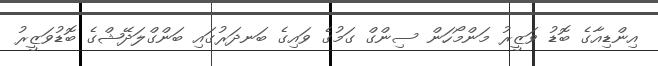
އިންޑިއާގެ ބޮޑު ވަޒީރު މަންމޯހަން ސިންގް ގަމުގެ ވައިގެ ބަނދަރުގައި ބަންގްލަދޭޝްގެ ބޮޑުވަޒީރު